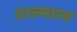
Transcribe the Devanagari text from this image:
ताल्स्ताय